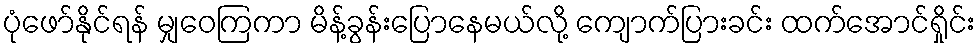
ပုံဖော်နိုင်ရန် မျှဝေကြကာ မိန့်ခွန်းပြောနေမယ်လို့ ကျောက်ပြားခင်း ထက်အောင်ရှိုင်း